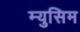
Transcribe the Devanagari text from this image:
म्युसिम